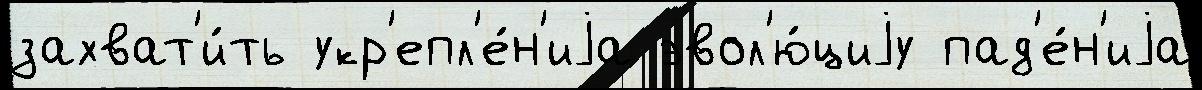
захват'и́ть укр'епл'е́н'иjа эвол'ю́циjу пад'е́н'иjа